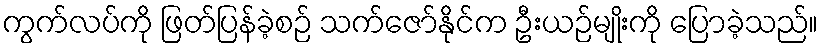
ကွက်လပ်ကို ဖြတ်ပြန်ခဲ့စဉ် သက်ဇော်နိုင်က ဦးယဉ်မျိုးကို ပြောခဲ့သည်။